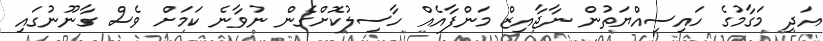
އަދި މަގާމުގެ ހައިސިއްޔަތުން ނާޖާއިޒް މަންފާއެއް ހާސިލުކޮށްގެން ނުވާނެ ކަމަށް ވެސް ގާނޫނުގައި